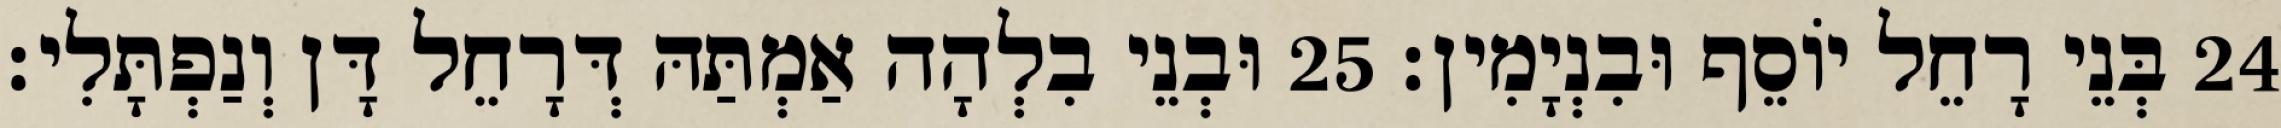
24 בְּנֵי רָחֵל יוֹסֵף וּבִנְיָמִין׃ 25 וּבְנֵי בִלְהָה אַמְתַּהּ דְּרָחֵל דָּן וְנַפְתָּלִי׃